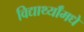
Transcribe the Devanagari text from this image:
विद्यार्थ्याँमधे